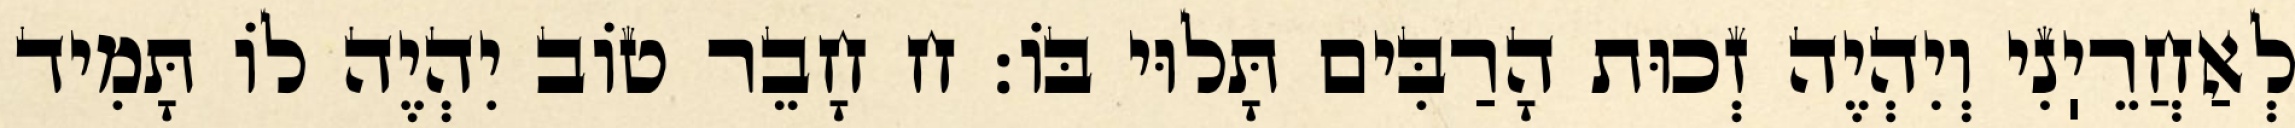
לְאַחֲרֵיֽנִי וְיִהְיֶה זְכוּת הָרַבִּים תָּלוּי בּוֹ: ח חָבֵר טוֹב יִהְיֶה לוֹ תָּמִיד